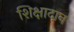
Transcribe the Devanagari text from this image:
शिक्षादान